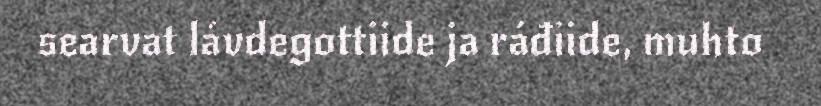
searvat lávdegottiide ja ráđiide, muhto